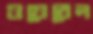
ওয়েবেল